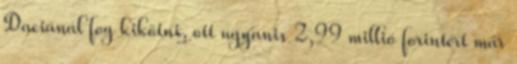
Daciánál fog kikötni, ott ugyanis 2,99 millió forintért már